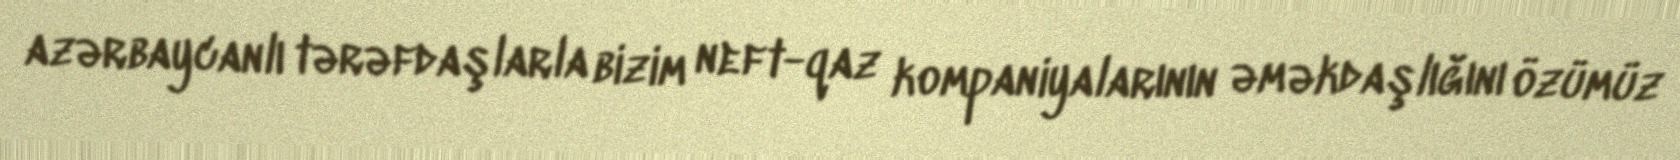
azərbaycanlı tərəfdaşlarla bizim neft-qaz kompaniyalarının əməkdaşlığını özümüz